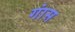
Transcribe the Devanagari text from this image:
गांस